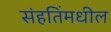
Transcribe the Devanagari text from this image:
संहतिंमधील